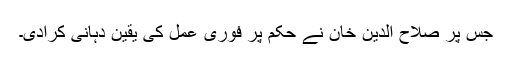
جس پر صلاح الدین خان نے حکم پر فوری عمل کی یقین دہانی کرادی۔